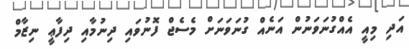
އަދި މިއީ އެއްގުނަވަނުން އަނެއް ގުނަވަނަށް މެސެޖް ފޮނުވައި ދިނުމާއި ދިފާޢީ ނިޒާމް